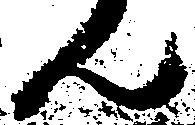
ん